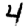
Digit: 4